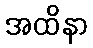
အထိနာ